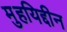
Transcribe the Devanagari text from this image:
मुहयिद्दीन